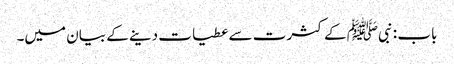
باب : نبیﷺ کے کثرت سے عطیات دینے کے بیان میں۔